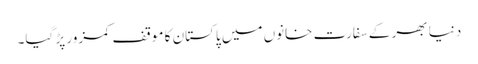
دنیا بھر کے سفارت خانوں میں پاکستان کا موقف کمزور پڑ گیا۔